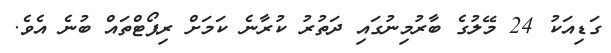
ގަޑިއަކު 24 މޭލުގެ ބާރުމިނުގައި ދަތުރު ކުރާނެ ކަމަށް ރިޕޯޓްތައް ބުނެ އެވެ.